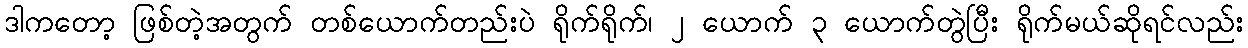
ဒါကတော့ ဖြစ်တဲ့အတွက် တစ်ယောက်တည်းပဲ ရိုက်ရိုက်၊ ၂ ယောက် ၃ ယောက်တွဲပြီး ရိုက်မယ်ဆိုရင်လည်း